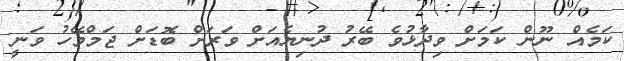
ކަމެއް ނޫން ކަމަށް ވިދާޅުވެ ބޭރު ދުނިޔެއަށް ވަރަށް ބޮޑަށް ޖަމްމޭހު ވަނީ